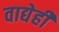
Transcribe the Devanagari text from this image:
वाद्येही